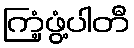
ကြံ့ဖွံ့ပါတီ